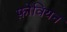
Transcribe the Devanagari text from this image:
फ़ोवियन